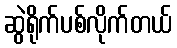
ဆွဲရိုက်ပစ်လိုက်တယ်